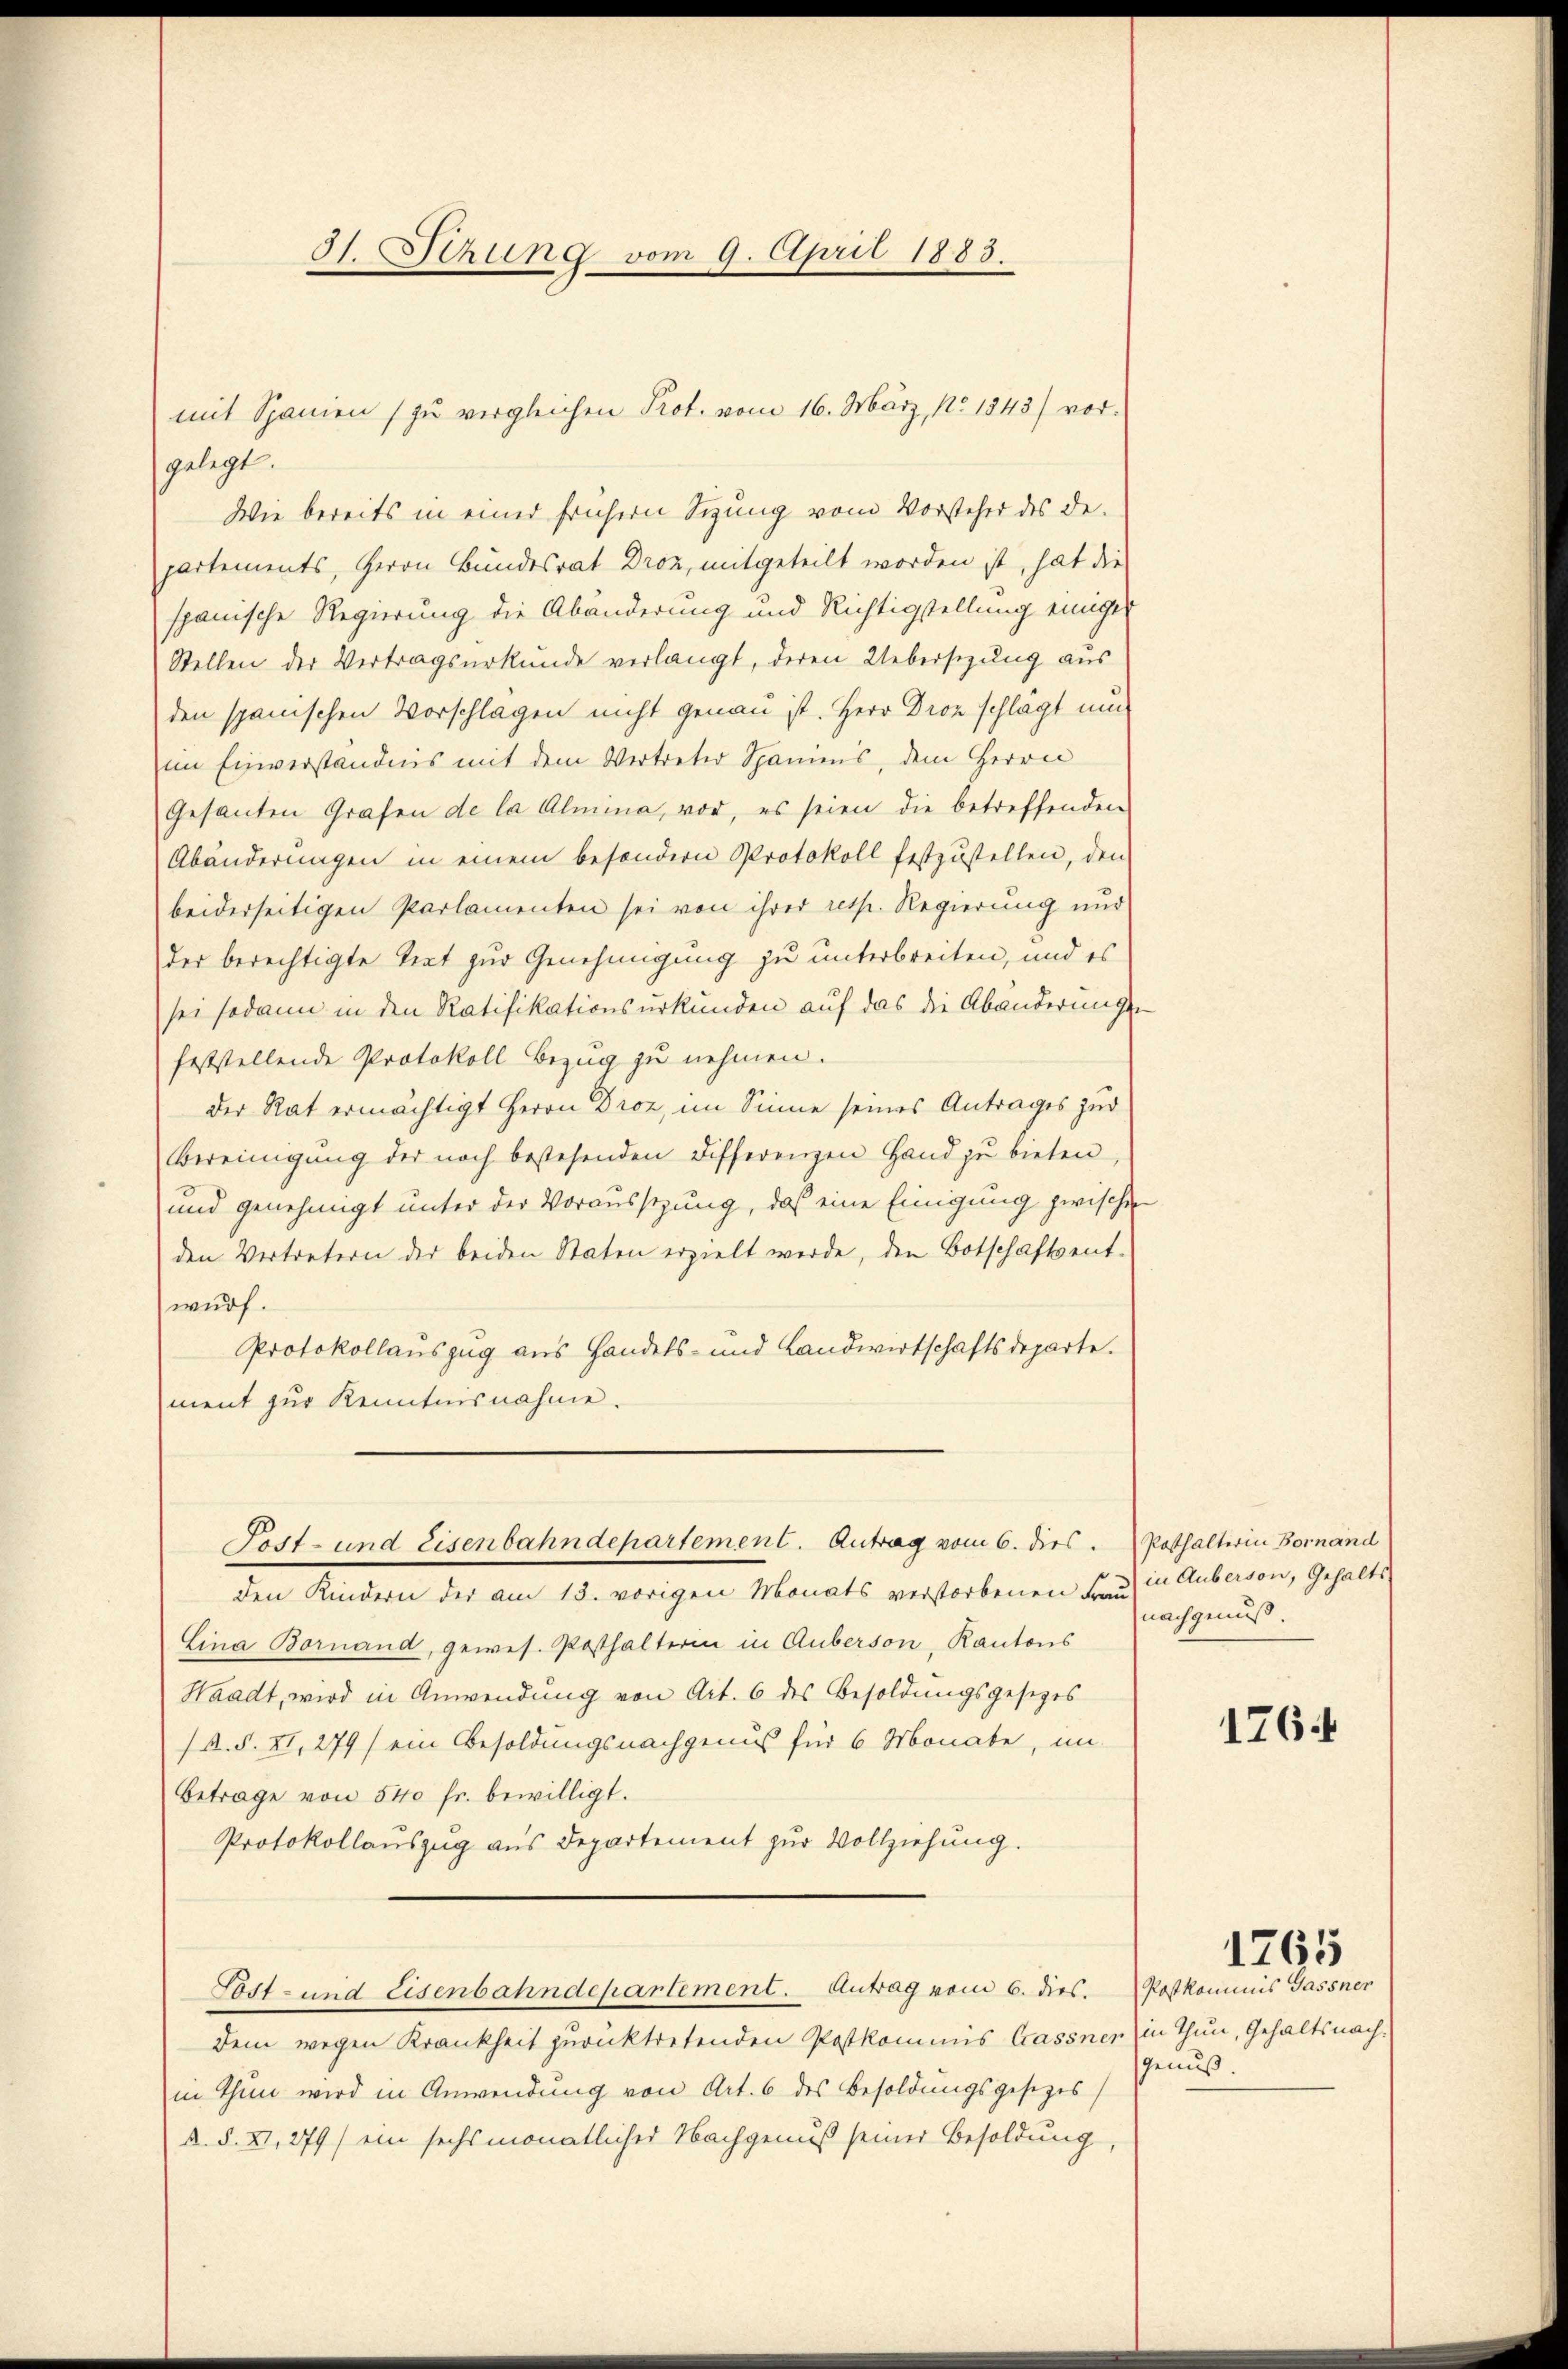
Tost- und Eisenbahndepartement. Antrag vom 6. dies. Pothalterin Bornand

I. Rhung vom 9. April 1883.

gelegt.
Wie bereits in einer frühern Sizung vom Vorsteher des de-
partements, Herrn Bundesrat Droz, mitgeteilt worden ist, hat die
spanische Regierung die Abänderung und Richtigstellung einige
Stellen der Vertragsurkunde verlangt, deren Uebersezung aus
den spanischen Vorschlagen nicht genau ist. Herr Droz schlägt um
im Einverständnis mit dem Vertreter Spanimis, dem Herrn
Gesanten Grafen de la Almina, vor, es seien die betreffenden
Abänderungen in einem besondern Protokoll festzustellen, den
beiderseitigen Parlamenten sei von ihrer resp. Regierung und
der berechtigte Trat zur Genehmigung zu unterbreiten, und es
sei sodann in den Ratifikationsurkunden auf das die Abänderungs-
feststellende Protokoll Bezug zu nehmen.
Der Rat ermächtigt Herrn Droz, im Sinne seines Antrages zur
Bereinigŭng der noch bestehenden Differenzen Hand zŭ bieten,
und genehmigt unter der Voraussizung, daß eine Einigung zwischen
den Vertretern der beiden Staten erzielt werde, den Botschaftsent-
wurf.
Protokollauszug aus Handels- und Landwirtschaftsdeparte.
ment zur Kenntnisnahme.

mit Spanien (zu vergleichen Prot. vom 16. März, No. 1843) vor¬

den Kindern der am 13. vorigen Monats verstorbenen Frau in Auberson, Gehalts-
Lina Bornand, gewes. Posthalterin in Auberson, Kantons
Waadt, wird in Anwendung von Art. 6 des Besoldungsgesezes
(s. S. XI, 279) ein Besoldungsnachgenus für 6 Monate, un
Betrage von 540 fr. bewilligt.
Protokollauszug aus Departement zur Vollziehung.
Post- und Eisenbahndepartement. Antrag vom 6. dies.
Dem wegen Krankheit zurücktretenden Postkommis Cassner in Thun, Gehaltsnachin Thun wird in Anwendung von Art. 6 des Besoldungsgesetzes
A. S. XI, 279) ein sechsmonatlicher Nachgenuß seiner Besoldung,

nachgenuß.

1764

1765

Postkommnis Gassner
Genuß.